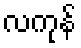
လကုန်